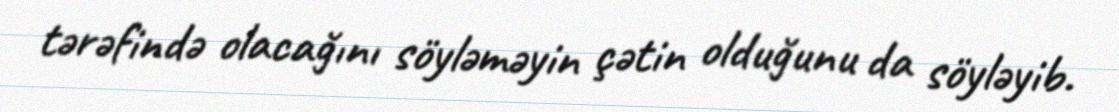
tərəfində olacağını söyləməyin çətin olduğunu da söyləyib.